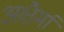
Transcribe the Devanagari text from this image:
अक्षैर्मा